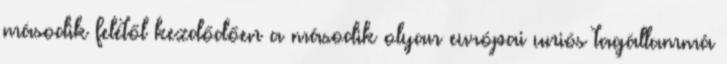
második felétől kezdődően a második olyan európai uniós tagállammá